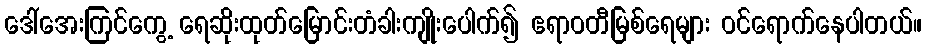
ဒေါ်အေးကြင်ကွေ့ ရေဆိုးထုတ်မြောင်းတံခါးကျိုးပေါက်၍ ဧရာဝတီမြစ်ရေများ ဝင်ရောက်နေပါတယ်။